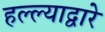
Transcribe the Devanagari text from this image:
हल्ल्याद्वारे